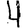
Digit: 4